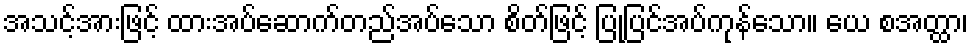
အသင့်အားဖြင့် ထားအပ်ဆောက်တည်အပ်သော စိတ်ဖြင့် ပြုပြင်အပ်ကုန်သော။ ယေ စအတ္ထာ၊